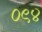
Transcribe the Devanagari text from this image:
०९४